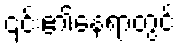
၎င်း၏နေရာတွင်